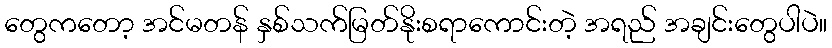
တွေကတော့ အင်မတန် နှစ်သက်မြတ်နိုးစရာကောင်းတဲ့ အရည် အချင်းတွေပါပဲ။